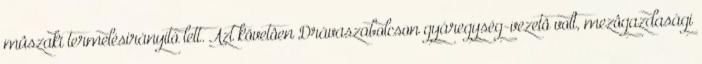
mûszaki termelésirányító lett. Azt követôen Drávaszabolcson gyáregység-vezetô volt, mezôgazdasági